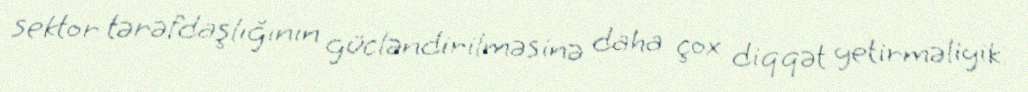
sektor tərəfdaşlığının gücləndirilməsinə daha çox diqqət yetirməliyik.